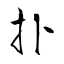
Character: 扑